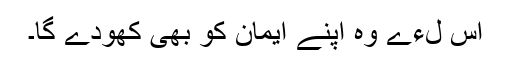
اس لءے وہ اپنے ایمان کو بھی کھودے گا۔